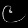
Digit: ၉